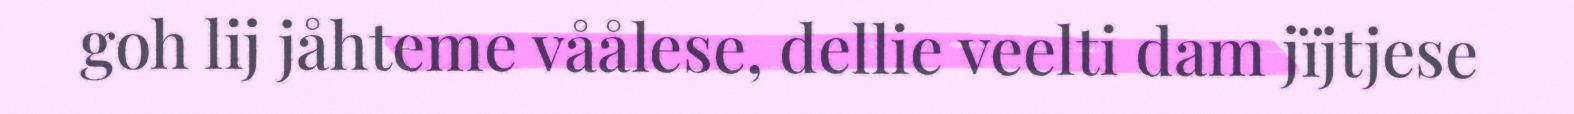
goh lij jåhteme våålese, dellie veelti dam jïjtjese